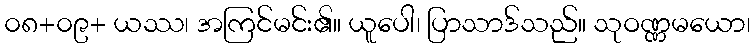
၀၈+၀၉+ ယဿ၊ အကြင်မင်း၏။ ယူပေါ၊ ပြာသာဒ်သည်။ သုဝဏ္ဏမယော၊